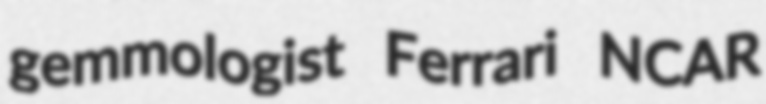
gemmologist Ferrari NCAR